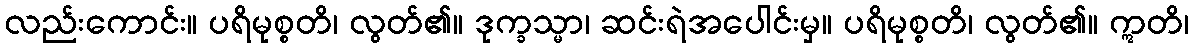
လည်းကောင်း။ ပရိမုစ္စတိ၊ လွတ်၏။ ဒုက္ခသ္မာ၊ ဆင်းရဲအပေါင်းမှ။ ပရိမုစ္စတိ၊ လွတ်၏။ ဣတိ၊